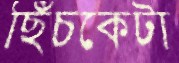
ছিঁচকেটা